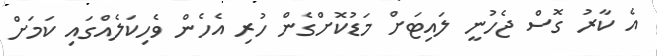
އެ ކާރު ގޮސް ޖެހުނީ ލައިޓަށް މަޑުކޮށްގެން ހުރި އެހެން ވެހިކަލެއްގައި ކަމަށް